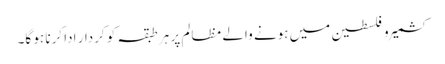
کشمیر و فلسطین میں ہونے والے مظالم پر ہر طبقہ کو کردار ادا کرنا ہو گا۔